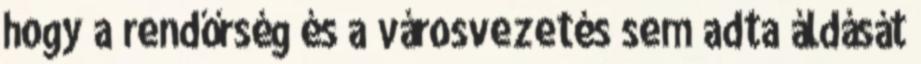
hogy a rendőrség és a városvezetés sem adta áldását